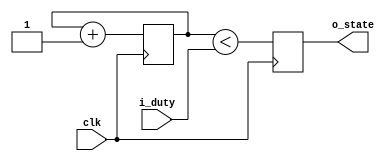
`timescale 1ns / 1ps
//////////////////////////////////////////////////////////////////////////////////
// Company: FPGA Blog
// 
// Retrieved from https://timetoexplore.net/blog/arty-fpga-verilog-02
//////////////////////////////////////////////////////////////////////////////////


module pwm(
    input clk,
    input [7:0] i_duty,
    output reg o_state
    );

    reg [7:0] counter = 0;

    always @ (posedge clk)
    begin
        counter <= counter + 1;
        o_state <= (counter < i_duty);
    end
endmodule